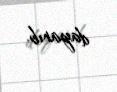
dayanıb.